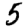
Digit: 5